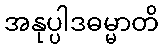
အနုပ္ပါဒဓမ္မာတိ